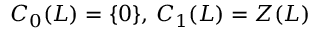
C _ { 0 } ( L ) = \{ 0 \} , \, C _ { 1 } ( L ) = Z ( L )